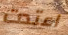
اعتدت